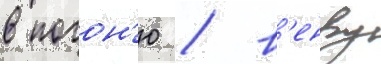
в погон'ю / в'енву